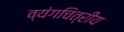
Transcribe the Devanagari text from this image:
व्यंगचित्रीय